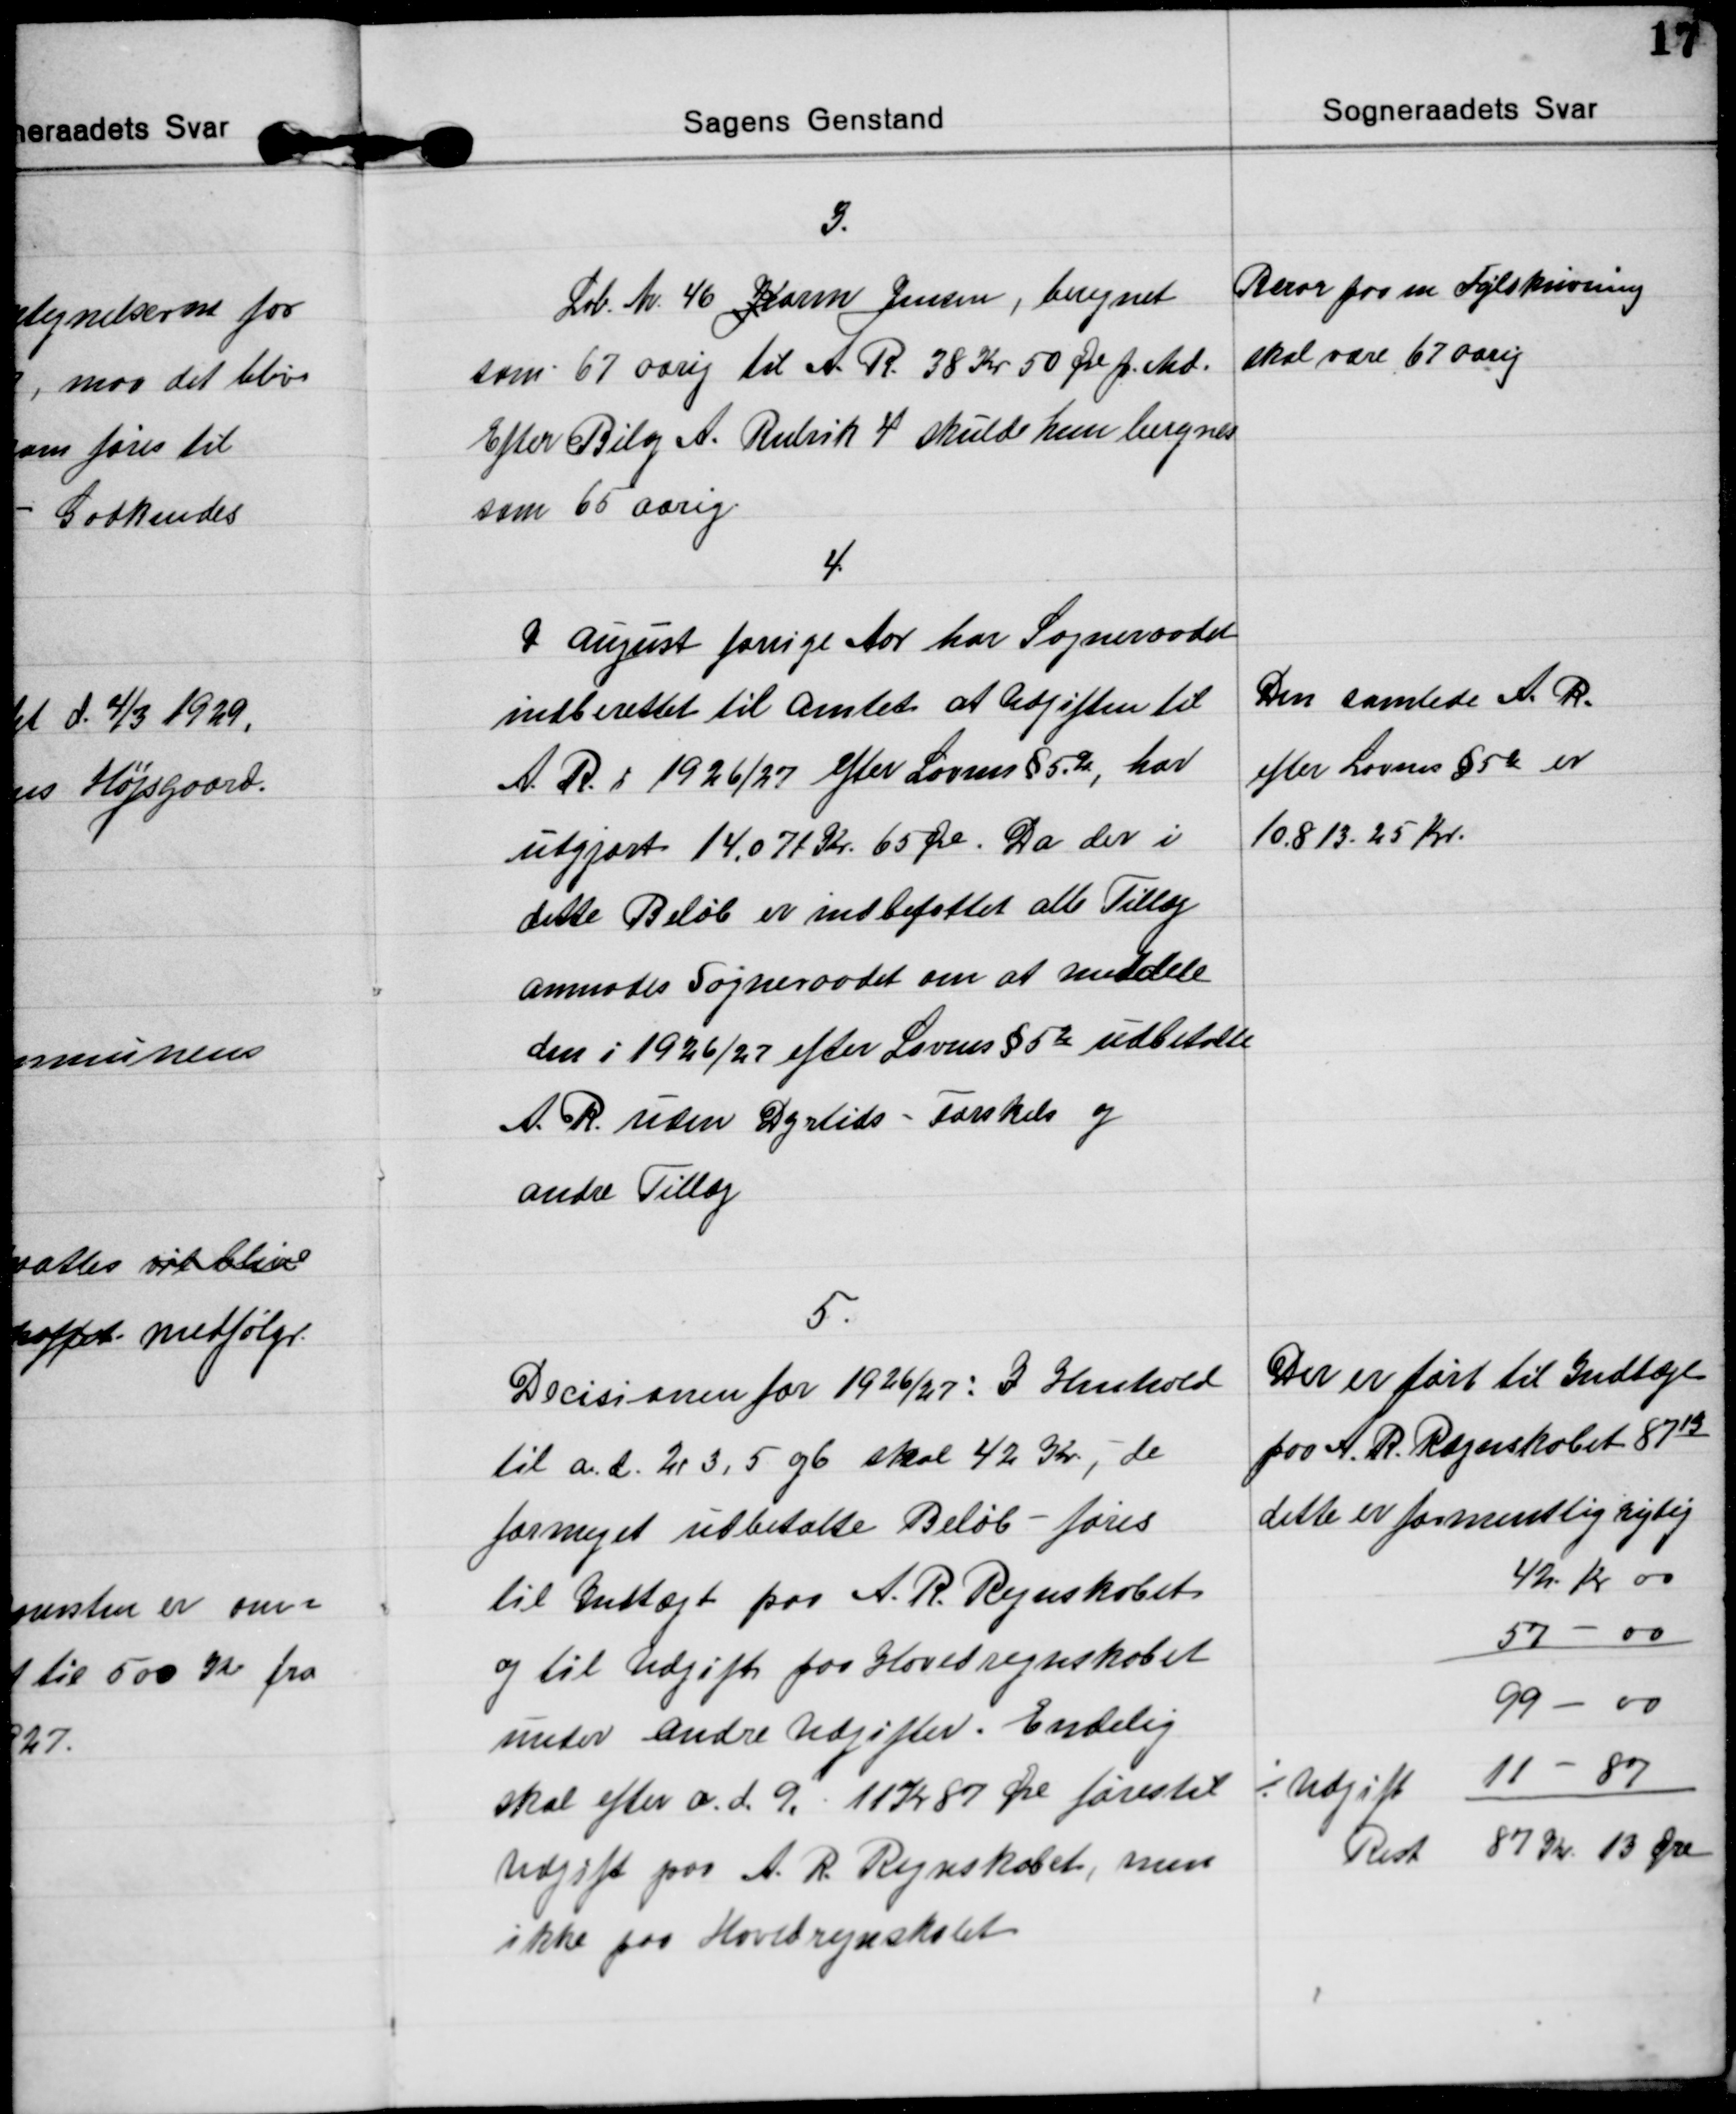
Transskription:
3.
Lb. Nr. 46 Karen Jensen, beregnet
som 67 aarig til A. R. 38 Kr 50 Øre pr. Md.
Efter Bilag A. Rubrik 4 skulde hun beregnes
som 65 aarig.
Beror paa en Fejlskrivning
skal være 67 aarig

4.
I August forrige Aar har Sogneraadet
indberettet til amtet at Udgiften til
A. R. i 1926/27 efter Lovens §5.2, har
udgjort 14.071 Kr. 65 Øre. Da der i
dette Beløb er indbefattet alle Tillæg
anmodes Sogneraadet om at meddele
den i 1926/27 efter Lovens § 52 udbetalte
A. R. uden Dyrtids - Forskels og
andre Tillæg
Den samlede A. R.
efter Lovens § 52 er
10.813.25 Kr.

5.
Decisionen for 1926/27: I Henhold
til a. d. 2, 3, 5 og 6 skal 42 Kr, - de
formeget udbetalte Beløb - føres
til Indtægt paa A. R. Regnskabet
og til Udgift paa Hovedregnskabet
under andre Udgifter. Endelig
skal efter a. d. 9. 11 Kr 87 Øre føres til
Udgift paa A. R. Regnskabet, men
ikke paa Hovedregnskabet
Der er ført til Indtægt
paa A. R. Regnskabet 8713
dette er formentlig rigtig
42 Kr 00
57 - 00
99 - 00
÷ Udgift 11 - 87
Rest 87 Kr 13 Øre